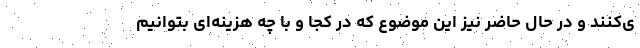
ی‌کنند و در حال حاضر نیز این موضوع که در کجا و با چه هزینه‌ای بتوانیم